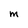
Character: M